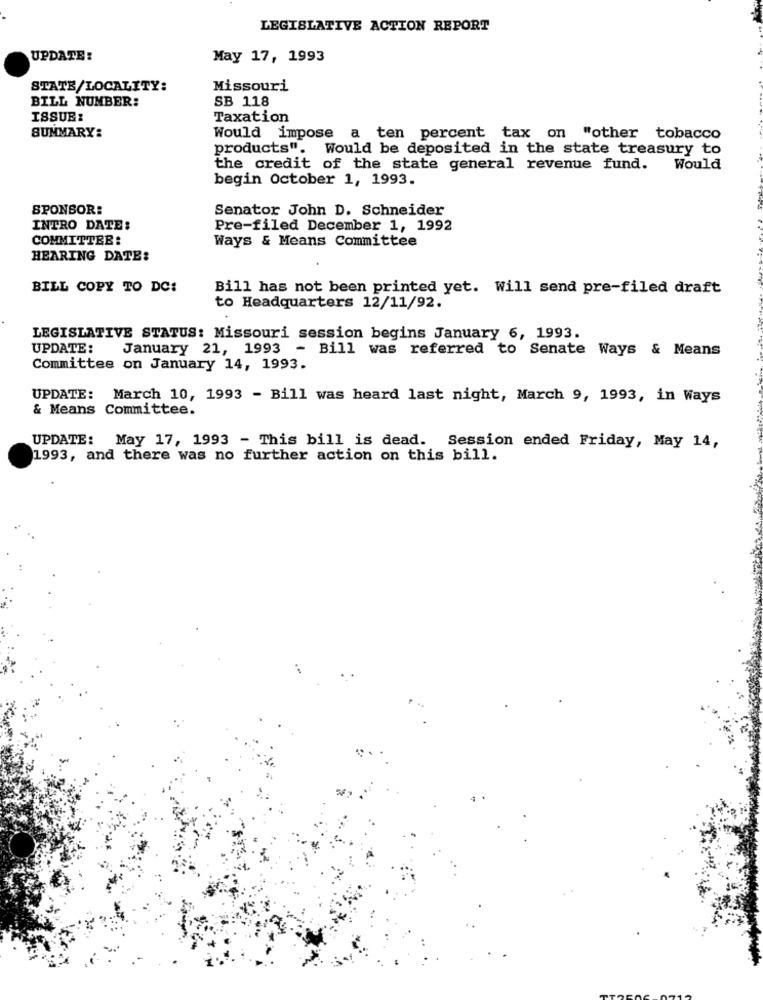
LEGISLATIVE ACTION REPORT
UPDATE:
May 17, 1993
STATE/LOCALITY:
Missouri
BILL NUMBER:
SB 118
ISSUE:
Taxation
SUMMARY:
Would impose a ten percent tax on "other tobacco
products". Would be deposited in the state treasury to
the credit of the state general revenue fund. Would
begin October 1, 1993.
SPONSOR:
Senator John D. Schneider
INTRO DATE:
Pre-filed December 1, 1992
COMMITTEE:
Ways & Means Committee
HEARING DATE:
BILL COPY TO DC:
Bill has not been printed yet. Will send pre-filed draft
to Headquarters 12/11/92.
LEGISLATIVE STATUS: Missouri session begins January 6, 1993.
UPDATE:
January 21, 1993 -
Bill was referred to Senate Ways & Means
Committee on January 14, 1993.
UPDATE: March 10, 1993 - Bill was heard last night, March 9, 1993, in Ways
& Means Committee.
UPDATE: May 17, 1993 - This bill is dead. Session ended Friday, May 14,
1993, and there was no further action on this bill.